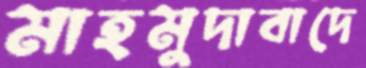
মাহমুদাবাদে